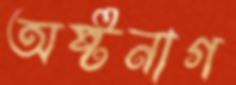
অষ্টনাগ